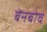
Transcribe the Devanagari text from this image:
बेनबोव